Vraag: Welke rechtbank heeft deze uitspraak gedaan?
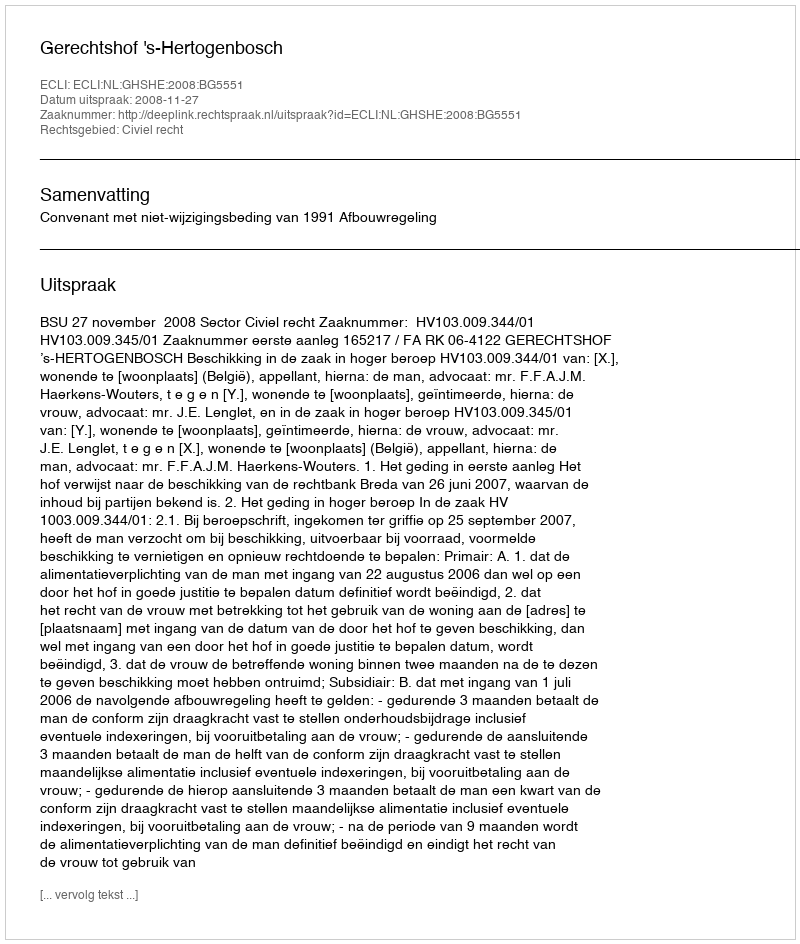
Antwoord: Gerechtshof 's-Hertogenbosch